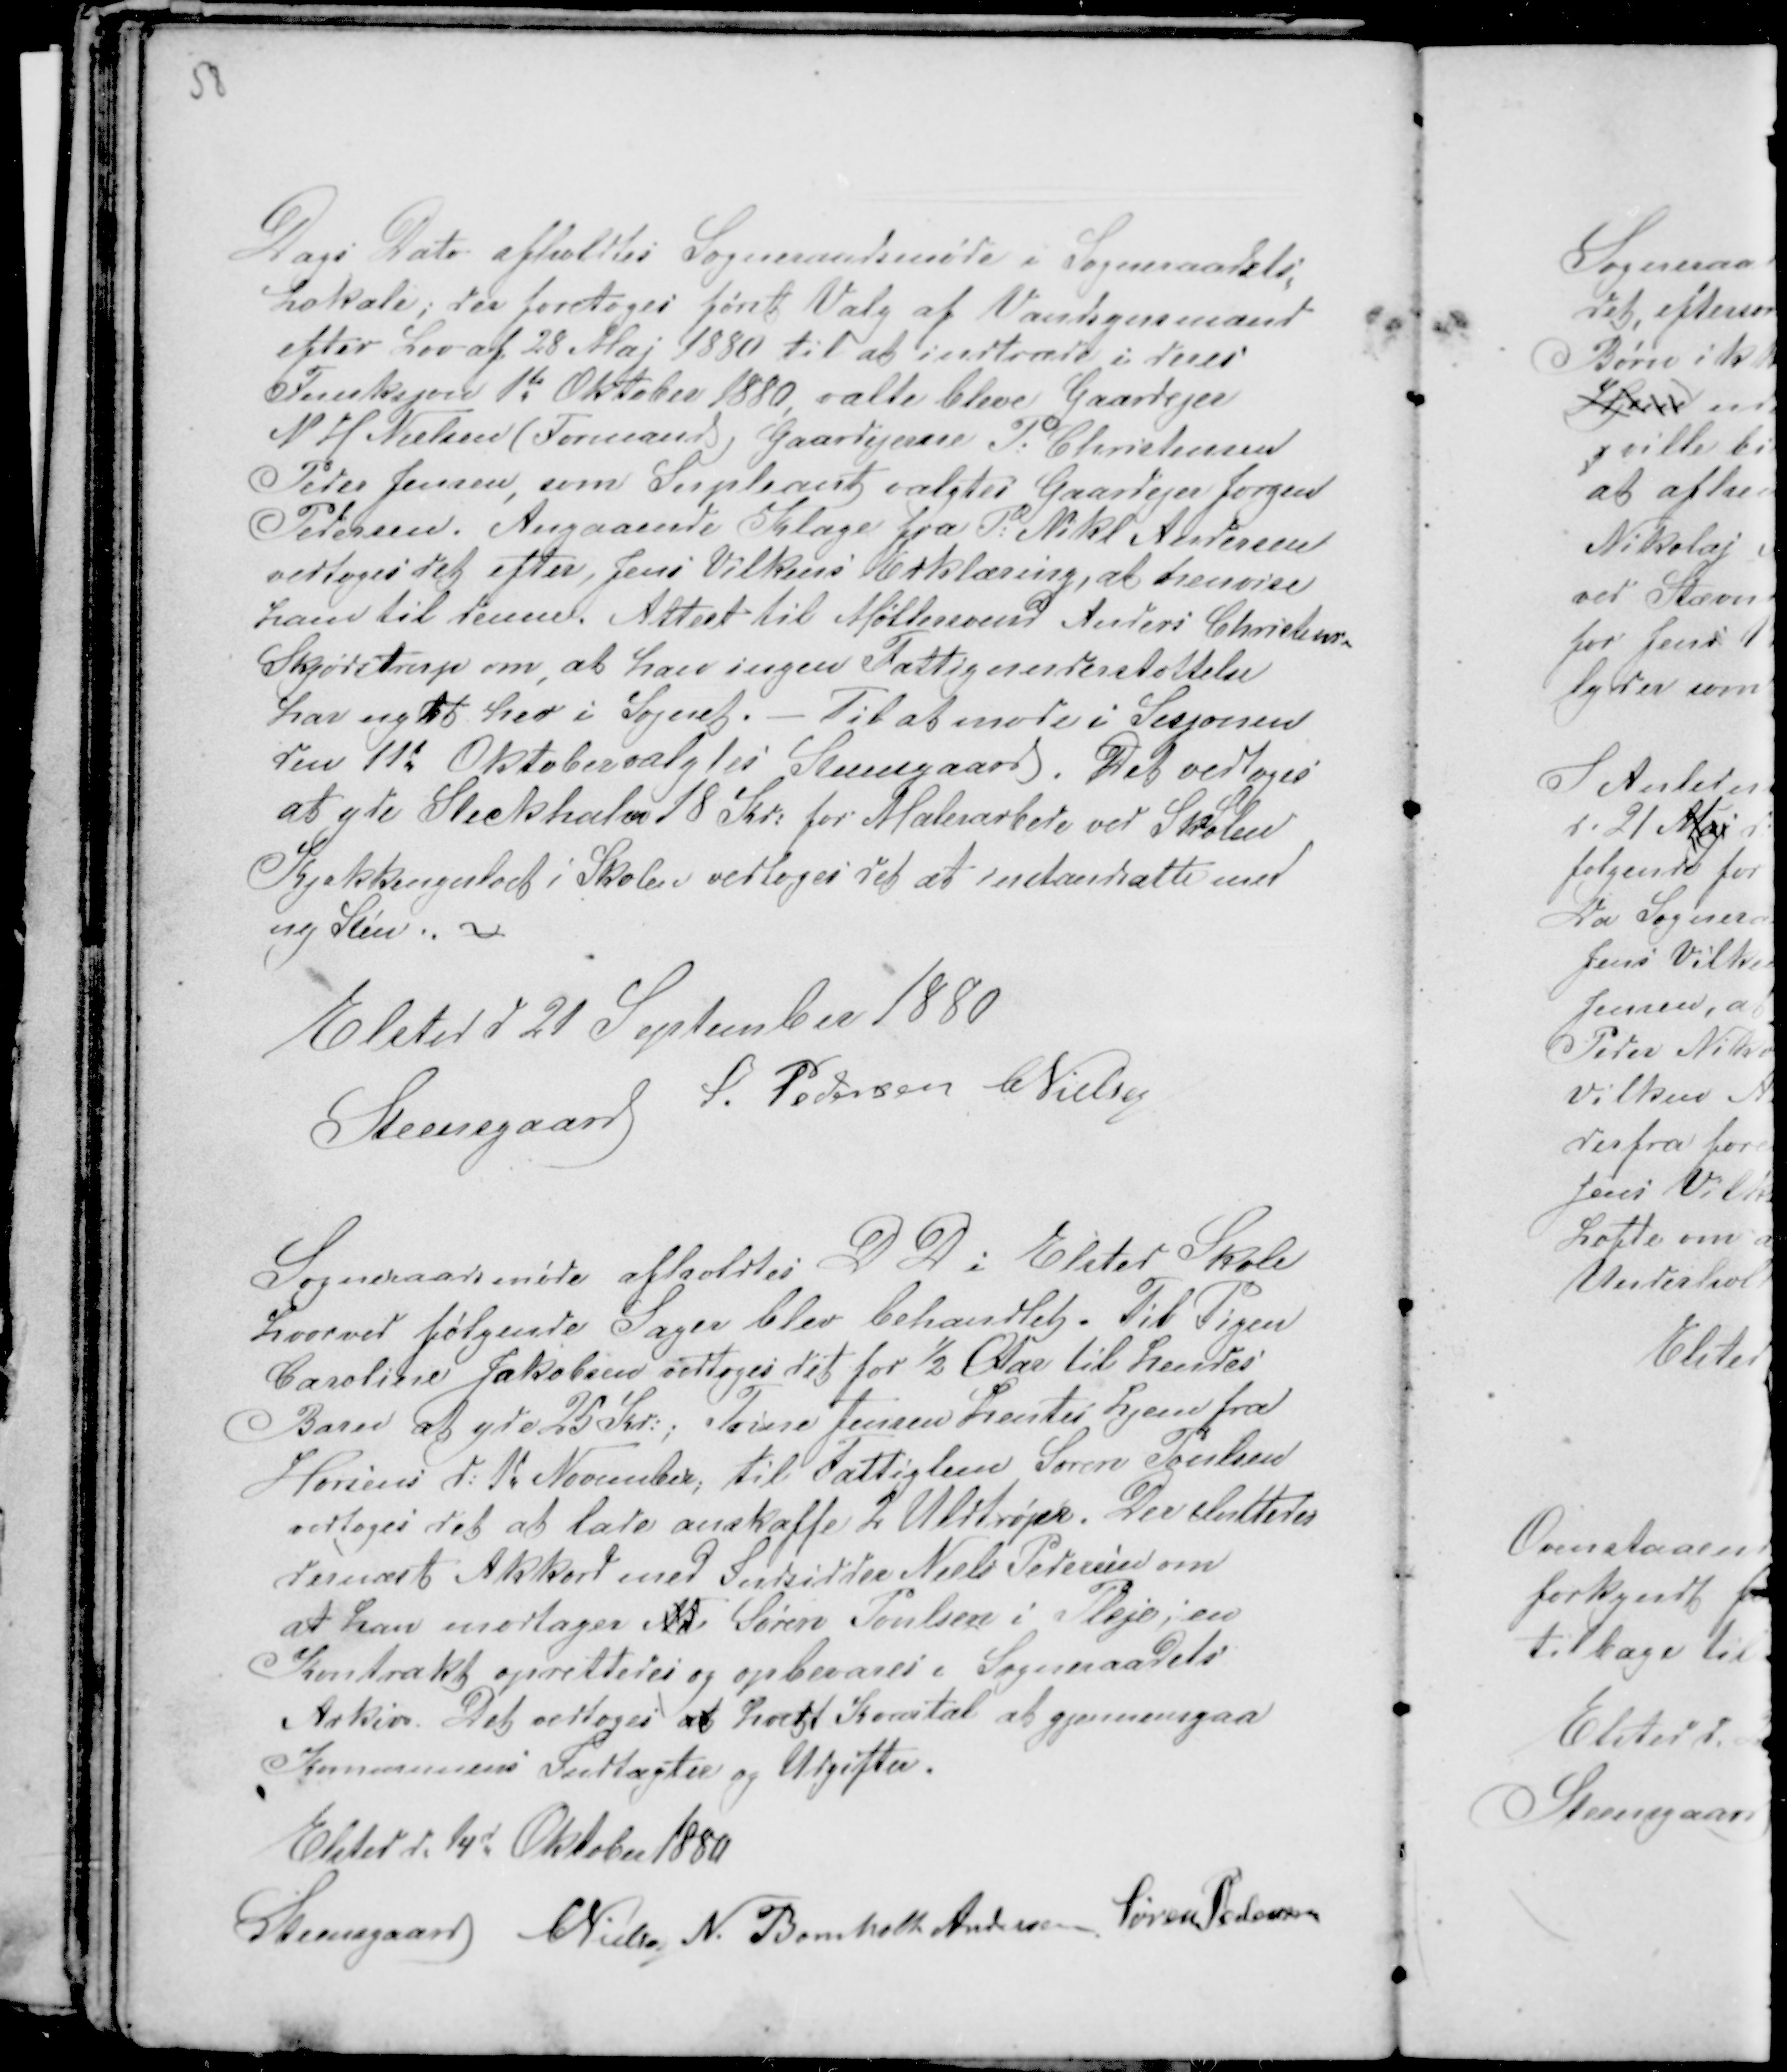
Transskription:
58

Dags Dato afholdtes Sogneraadsmøde i Sogneraadets
Lokale; der foretoges først Valg af Vandsynsmænd
efter Lov af 28 Maj 1880 til at indtræde i deres
Funksjon 1te Oktober 1880, valte bleve Gaardejer
N H Nielsen (Formand) Gaardejerne P. Christensen
Peder Jensen, som Supleant valgtes Gaardejer Jørgen
Pedersen. Angaaende Klage fra P: Nikl Andersen
vedtoges det efter Jens Vilkens Erklæring, at henvise
ham til denne. Attest til Møllersvend Anders Christensen
Skjødstrup om, at han ingen Fattigunderstøttelse
har nydt her i Sognet. - Til at møde i Sesjonen
den 11te Oktober valgtes Steensgaard. Det vedtoges
at yde Steckhahn 18 Kr: for Malerarbede ved Skolen
Kjøkkengulvet i Skolen vedtoges det at istandsætte med
ny Sten .. -
Elsted d 21 September 1880
Steensgaard S. Pedersen CNielsen

Sogneraadsmøde afholdtes D D i Elsted Skole 
hvorved følgende Sager blev behandlet. Til Pigen
Caroline Jakobsen vedtoges det for ½ Aar til hendes
Barn at yde 25 Kr: ; Trine Jensen hentes hjem fra
Horsens d: 1t November; til Fattiglem Søren Poulsen
vedtoges det at lade anskaffe 2 Uldtrøjer. Der sluttedes
dernæst Akkord med Indsidder Niels Pedersen om
at han modtager M Søren Poulsen i Pleje; en
Kontrakt oprettedes og opbevares i Sogneraadets
Arkiv. Det vedtoges at hvett Kvartal at gjennemgaa
Kommunens Indtægter og Udgifter.
Elsted d: 14d Oktober 1880
Steensgaard CNielsen N. Bomholt Andersen Søren Pedersen